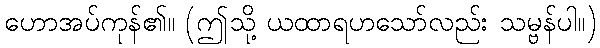
ဟောအပ်ကုန်၏။ (ဤသို့ ယထာရဟသော်လည်း သမ္ဗန်ပါ။)